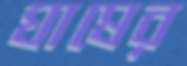
ঘাষের